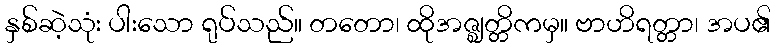
နှစ်ဆဲ့သုံး ပါးသော ရုပ်သည်။ တတော၊ ထိုအဇ္ဈတ္တိကမှ။ ဗာဟိရတ္တာ၊ အပ၏